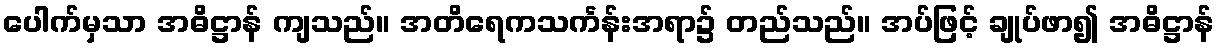
ပေါက်မှသာ အဓိဋ္ဌာန် ကျသည်။ အတိရေကသင်္ကန်းအရာ၌ တည်သည်။ အပ်ဖြင့် ချုပ်ဖာ၍ အဓိဋ္ဌာန်